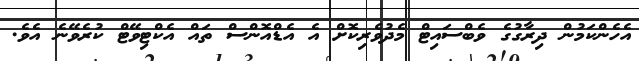
އެހެންކަމުން ދިރާގުގެ ވެބްސައިޓް މެދުވެރިކޮށް އެ އެޑްއޮންސް ތައް އެކްޓިވޭޓް ކުރެވޭނެ އެވެ.